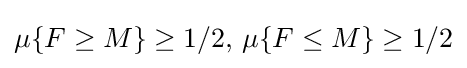
\mu \{F\geq M\}\geq 1/2,\,\mu \{F\leq M\}\geq 1/2